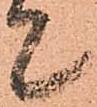
て